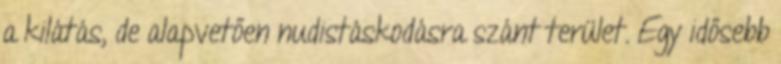
a kilátás, de alapvetően nudistáskodásra szánt terület. Egy idősebb